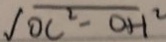
\sqrt { O C ^ { 2 } - O H ^ { 2 } }